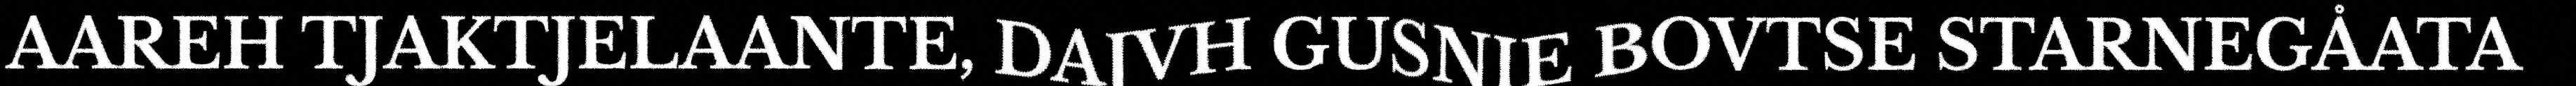
AAREH TJAKTJELAANTE, DAJVH GUSNIE BOVTSE STARNEGÅATA